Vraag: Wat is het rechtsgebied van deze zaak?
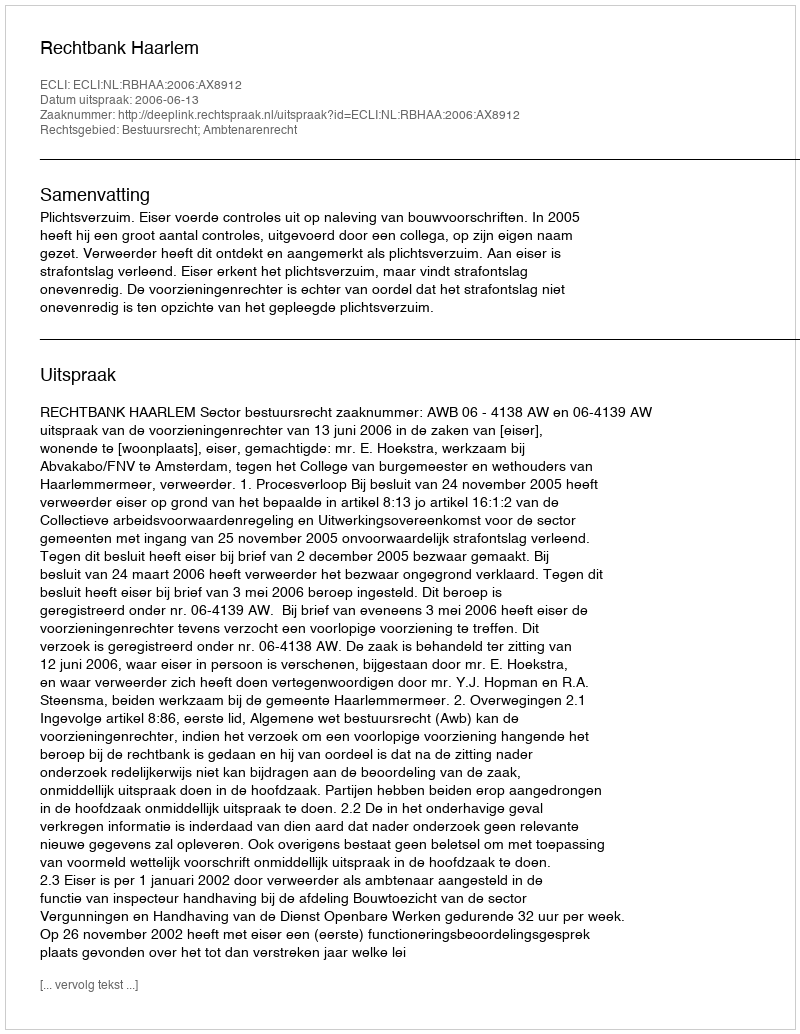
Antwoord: Bestuursrecht; Ambtenarenrecht